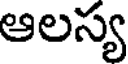
ఆలస్య